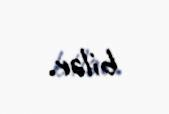
bilər.